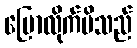
ပြောလိုက်မိသည်